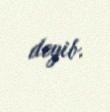
deyib.